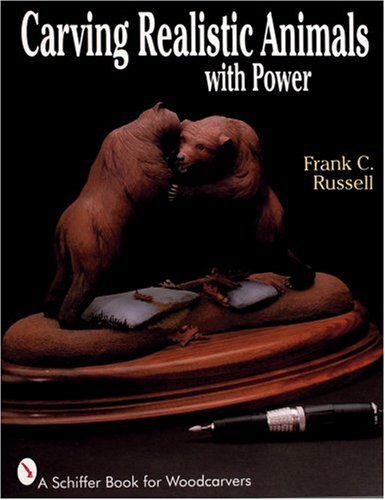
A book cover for Carving Realistic Animals with Power (Schiffer Book for Woodcarvers); Frank C. Russell; Crafts, Hobbies & Home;